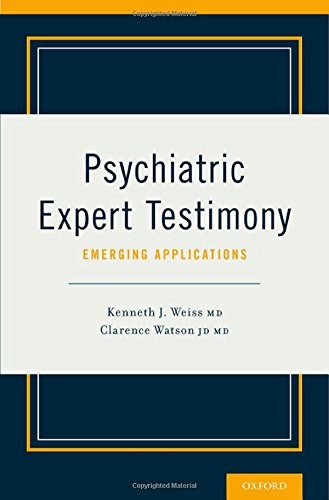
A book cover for Psychiatric Expert Testimony: Emerging Applications; Law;